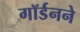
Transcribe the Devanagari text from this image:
गॉर्डनने